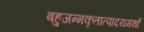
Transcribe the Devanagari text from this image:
बहुजन्मकृतात्पादयमर्थो